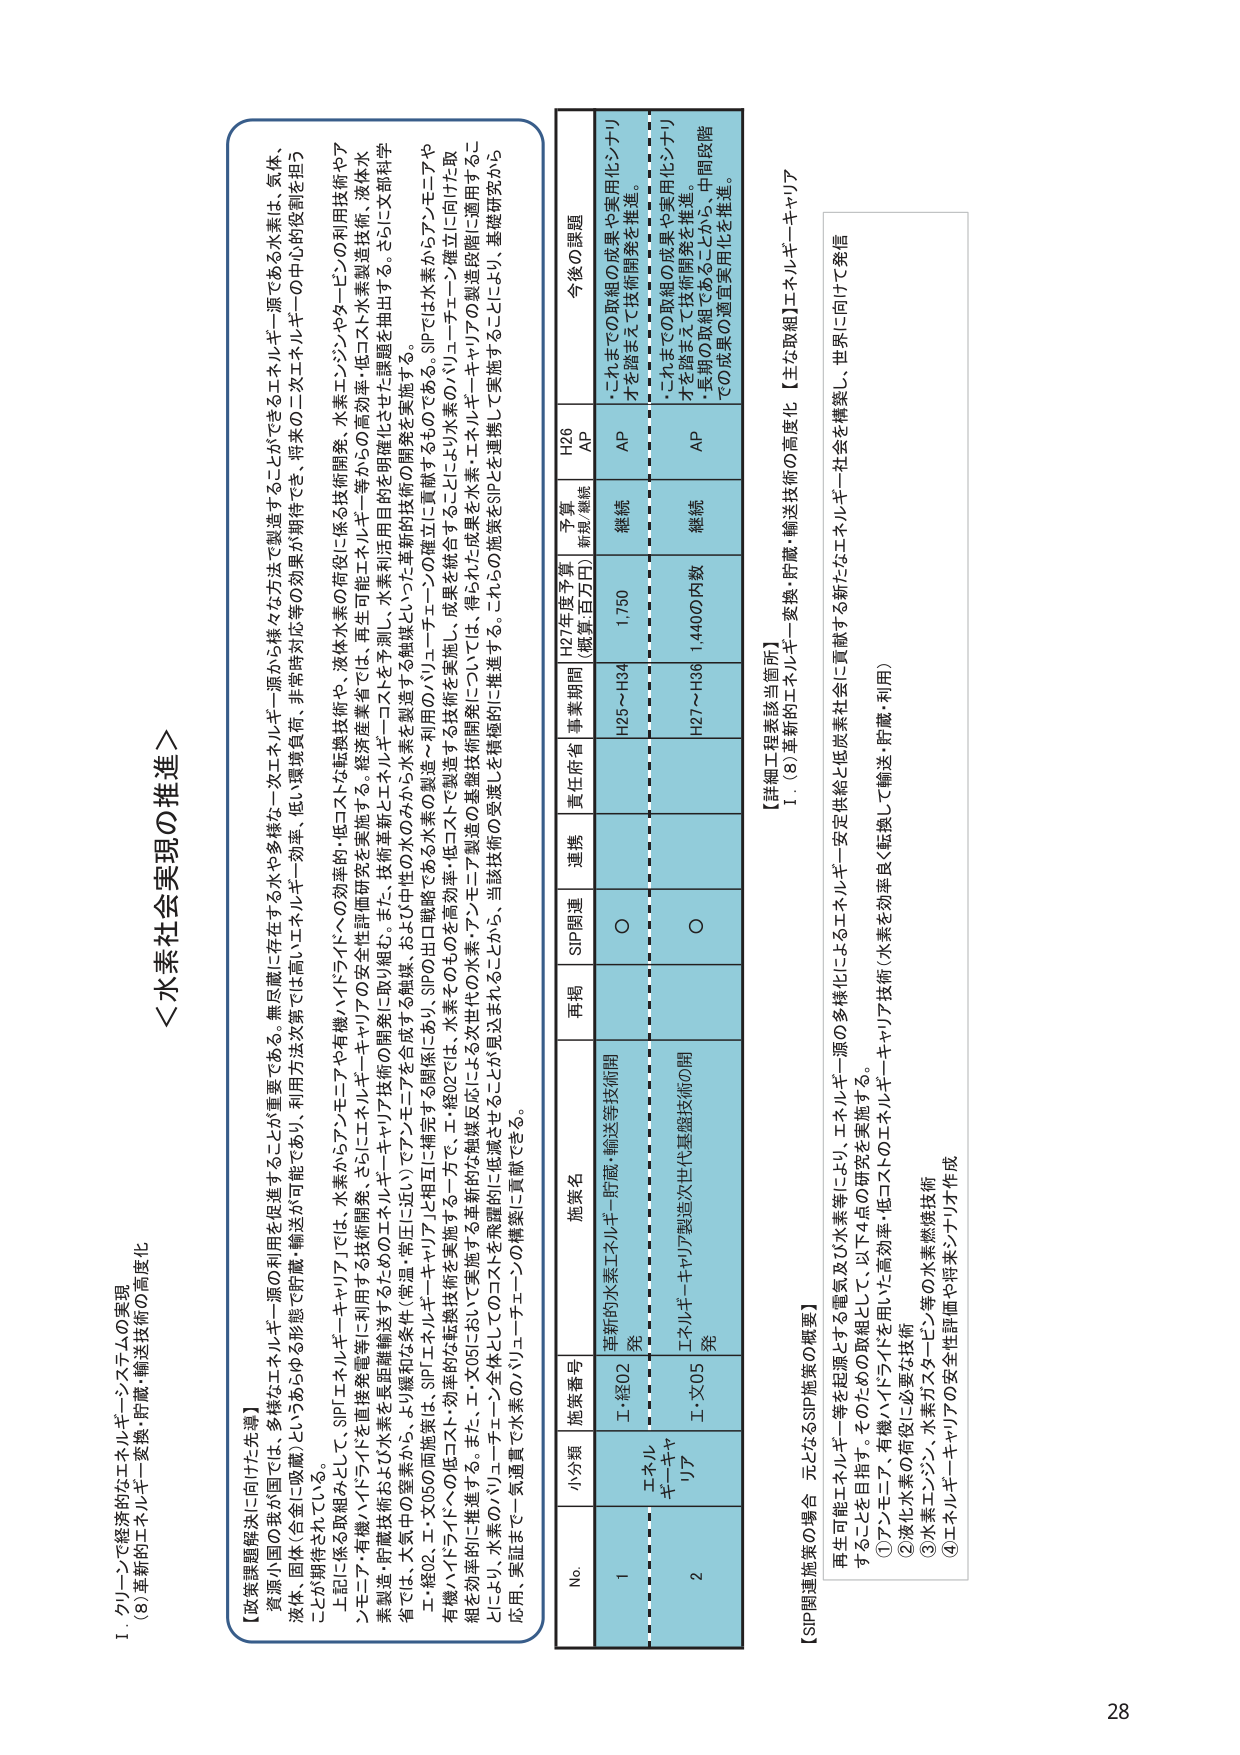
＜水素社会実現の推進＞

【政策課題解決に向けた先導】
資源小国の我が国では、多様なエネルギー源の利用を促進することが重要である。無尽蔵に存在する水や多様な一次エネルギー源から様々な方法で製造することができるエネルギー源である水素は、気体、液体、固体（合金に吸蔵）というあらゆる形態で貯蔵・輸送が可能であり、利用方法次第では高いエネルギー効率、低い環境負荷、非常時対応等の効果が期待でき、将来の二次エネルギーの中核的役割を担うことが期待されている。

上記に係る取組みとして、SIP「エネルギー・キャリア」では、水素からアンモニアや有機ハイドライドへの効率的・低コストな転換技術や、液体水素の荷役に係る技術開発、水素エンジン・やタービンの利用技術やアンモニア・有機ハイドライドを直接発電等に利用する技術開発、さらにエネルギー・キャリアの安全性評価研究を実施する。経済産業省では、再生可能エネルギー等からの高効率・低コスト水素製造技術、液体水素製造・貯蔵技術の向上や、水素を長距離輸送する「常温・常圧に近い」でアンモニアを合成する触媒、および中性の水のひかから水素を製造という「革新的技術」などを予測し、水素利用目的の明確化とゼロ課題を抽出する。さらに文部科学省では、大気中の窒素から、より緩和な条件（常温・常圧）でアンモニアを製造する触媒、および中性の水のひかから水素を製造という「革新的技術」の開発を実施する。

工程02、エ・文05の両施策は、SIP「エネルギー・キャリア」に相互に補完する関係にあり、SIPの出口戦略である水素の製造～利用のバリューチェーンの確立に貢献するものである。SIPでは水素からアンモニアや有機ハイドライドへの低コスト・効率的技術を実施して一方で、工程02では、水素そのものを高効率・低コストで製造する技術を実施し、成果を統合することにより、エネルギー・キャリアに向けた取組を効果的に推進する。また、エ・文05において実施する革新的な触媒反応による次世代の水素・アンモニア製造技術開発については、得られた成果をエネルギー・キャリアの製造段階に適用することにより、水素のバリューチェーン全体としてのコストを飛躍的に低減させることが見込まれることから、当該技術の受渡しを積極的に推進する。これらの施策をSIPを連携して実施することにより、基礎研究から応用、実証まで一気通貫で水素のバリューチェーンの構築に貢献できる。

No. 小分類 施策番号 施策名 再掲 SIP関連 連携 責任府省 事業期間 H27年度予算 （概算・百万円） 予算 無規/継続 H26 AP 今後の課題
1 エネルギーキャリア I-経02 革新的水素エネルギー貯蔵・輸送等技術開発 ○ 連携 責任府省 H25～H34 1,750 継続 AP ・これまでの取組の成果や実用化シナリオを踏まえて技術開発を推進。
2 I-文05 エネルギーキャリア製造次世代基盤技術の開発 ○ H27～H36 1,4400内数 継続 AP ・これまでの取組の成果や実用化シナリオを踏まえて技術開発を推進。・長期の取組であることから、中間段階での成果の適宜実用化を推進。

【SIP関連施策の場合 元となるSIP施策の概要】
再生可能エネルギー等を起源とする電気及び水素等により、エネルギー源の多様化によるエネルギー安定供給と低炭素社会に貢献する新たなエネルギー社会を構築し、世界に向けて発信することを目指す。そのための取組として、以下の4点の研究を実施する。
①アンモニア、有機ハイドライドを用いた高効率・低コストのエネルギー・キャリア技術（水素を効率良く転換して輸送・貯蔵・利用）
②液化水素の荷役に必要な技術
③水素エンジン、水素ガスタービン等の水素燃焼技術
④エネルギー・キャリアの安全性評価や将来シナリオ作成

【詳細工程表該当箇所】
1．（8）革新的エネルギー変換・貯蔵・輸送技術の高度化【主な取組】エネルギー・キャリア

28